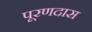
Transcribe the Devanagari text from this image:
पूरणदास